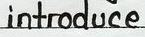
introduce